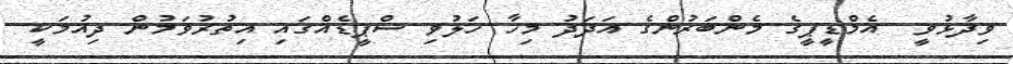
ވިދާޅުވީ  އެމްޑީޕީގެ މެންބަރުންގެ އަދަދު މިހާ ހަލުވި ސްޕީޑެއްގައި އިތުރުވަމުން ދިއުމަކީ